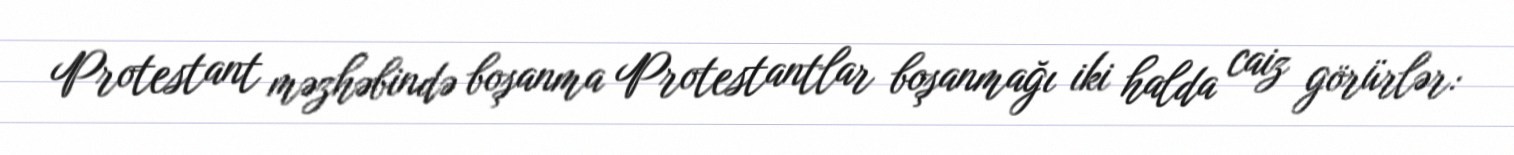
Protestant məzhəbində boşanma Protestantlar boşanmağı iki halda caiz görürlər: